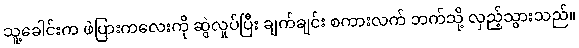
သူ့ခေါင်းက ဖဲပြားကလေးကို ဆွဲလှုပ်ပြီး ချက်ချင်း စကားလက် ဘက်သို့ လှည့်သွားသည်။